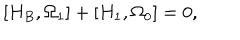
\left[ H _ { B } , \Omega _ { 1 } \right] + \left[ H _ { 1 } , \Omega _ { 0 } \right] = 0 ,